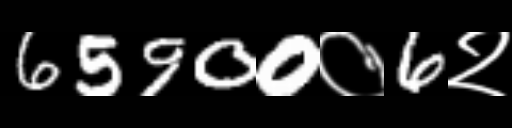
Text: 65900०6२